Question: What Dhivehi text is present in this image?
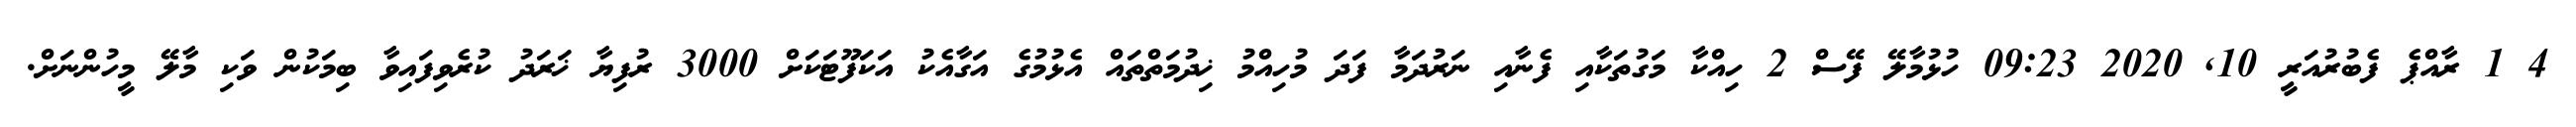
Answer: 4 1 ރާއްޕެ ފެބުރުއަރީ 10, 2020 09:23 ހުޅުމާލޭ ފޭސް 2 ހިއްކާ މަގުތަކާއި ފެނާއި ނަރުދަމާ ފަދަ މުހިއްމު ޚިދުމަތްތައް އެޅުމުގެ އަގާއެކު އަކަފޫޓަކަށް 3000 ރުފިޔާ ޚަރަދު ކުރެވިފައިވާ ބިމަކުން ވަކި މާލޭ މީހުންނަށް.